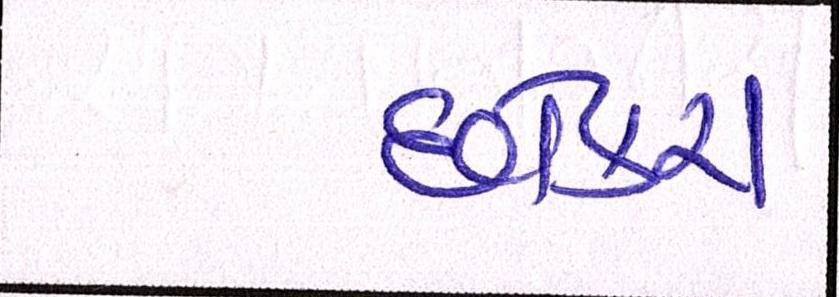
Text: છોકરા